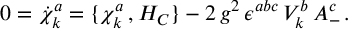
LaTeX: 0 = { \dot { \chi } } _ { k } ^ { a } = \{ \chi _ { k } ^ { a } \, , H _ { C } \} - 2 \, g ^ { 2 } \, \epsilon ^ { a b c } \, V _ { k } ^ { b } \, A _ { - } ^ { c } \, .